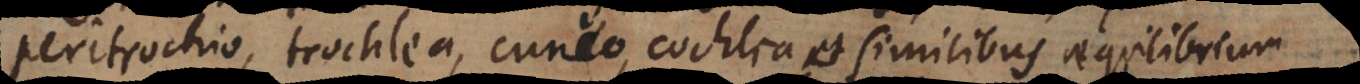
peritrochio, trochlea, cuneo, cochlea et similibus aequilibrium